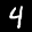
Label: 4